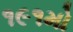
૧૯૧મો